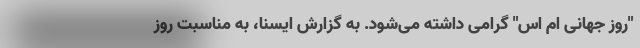
"روز جهانی ام اس" گرامی داشته می‌شود. به گزارش ایسنا، به مناسبت روز